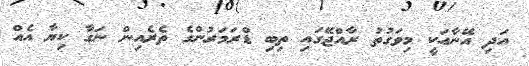
އަދި އޭނާއަކީ މިވަގުތު ރާއްޖޭގައި ތިބި ޑްރަމަރުންގެ ތެރެއިން ނަގާ ކިޔާ އެއް